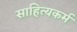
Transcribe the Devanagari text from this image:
साहित्यकर्म